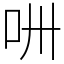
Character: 𠯢